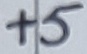
Text: +5